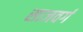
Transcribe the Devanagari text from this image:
साजवर्ग